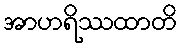
အာဟရိဿထာတိ